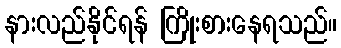
နားလည်နိုင်ရန် ကြိုးစားနေရသည်။